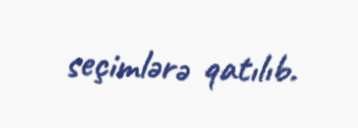
seçimlərə qatılıb.